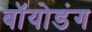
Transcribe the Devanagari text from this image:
बॉयोडंग